Annual report on the working of the lock hospitals in the Central Provinces
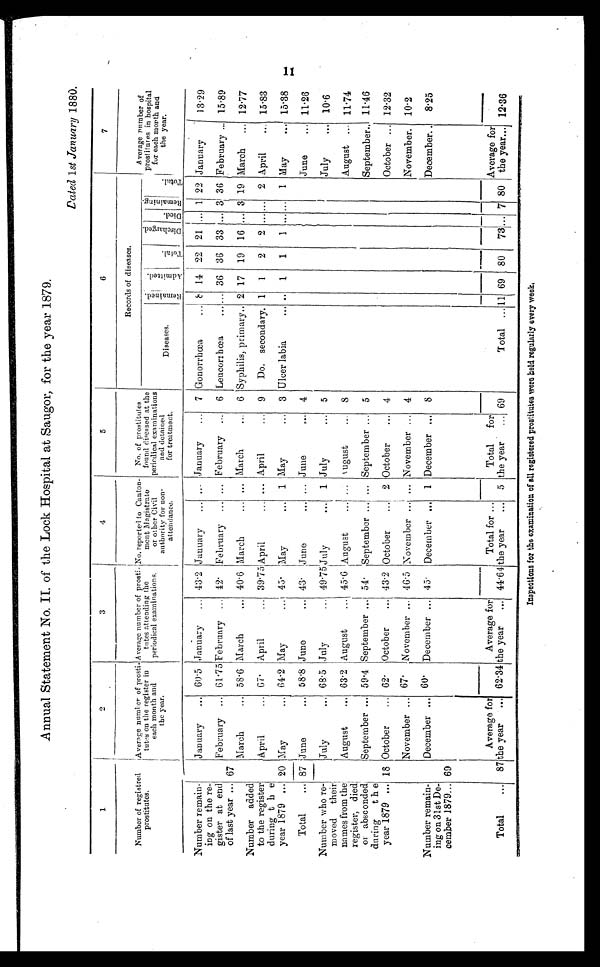
Annual Statement No. II. of the Lock Hospital at Saugor, for the year 1879.
Dated
1st
January
1880.
1
2
'
3
4
5
6
7
Number of registred
Average
prostitutes.
number of prosti
tutes on the register in
each month and
the year.
Average number of prosti-
tutes attending the
periodical examinations,
No. reported to Canton-
ment magistrate
or other Civil
authority for non-
attendance.
No, of prostitutes
found diseased at the
periodical examinations
and detained
for treatment.
Records of diseases.
Diseases.
Average number of
prostitutes in hospital
for each month and
the year.
Number remain-
ing on the re-
gister at end
of last year ...
.
January
... 60.5 January
... 43.2 January
...
January
...
7 Gonorrhoea
...
8 14 22 21 ,.. 1 22 January
13.29
February ... 61 . 75 February ... 42
February
,.. ... February ...
6 Leucori h cea
...... 36 36
33 ... 3 36 February ... 15.89
67
Number added
to the register
during t h e
year 1879 ...
March
... 58 . 6 March
... 40 . 6 March
March
6 Syphilis, primary.. 2 17
19
16 ... 3 19 March
... 12.77
April
... 67
April
...
3 9 . 7 5
April
,.. „. April
...
9
Do. secondary. 1
1
2
2 ...... .....
2 April
.., 15'83
20 may
64.2 May
... 45. May
...
1 May
...
3 Ulcer labia
..
1
1
1 ,... ...
1 may
... 15.38
Total
.., 87 June
... 58.8 june
... 43 .
June
June
,.. 4
June
... 11.26
Number who re
moved
their
names from the
register, died
or absconded i
during
t h e
year 1879 ...
July
... 68 . 5 July
... 49.75
J U L Y . . . 1 July
...
5
July
10.6
August
... 63 . 2 August
... 45 . 6 August
.. august
8
August ..
11.74
September ... 59 . 4 September
54
September .. ... September ...
5
September.. 11.46
18 October
... 62. 'October
... 43 . 2 October
2 October
... 4
October ... 12.32
November ... 67-
November ... 46.5 November .,. ,.. November ... 4
November.
10.2
Number remain
ing on 31st De-
cember 1879... 69
December ... 60'
December .
45.
December ...
1 December ...
8
December. .
8.25
Total
...
87
Average for
the year
...
Average for
the year
... 44.64
Total for ...
the year
...
5
Total
for
the year
...
Total ... 11
80
73 ...
7
Average for
the year... 12.36
62'34
69
69
80
Inspections for the examination of all registered prostitutes were held regularly every week.